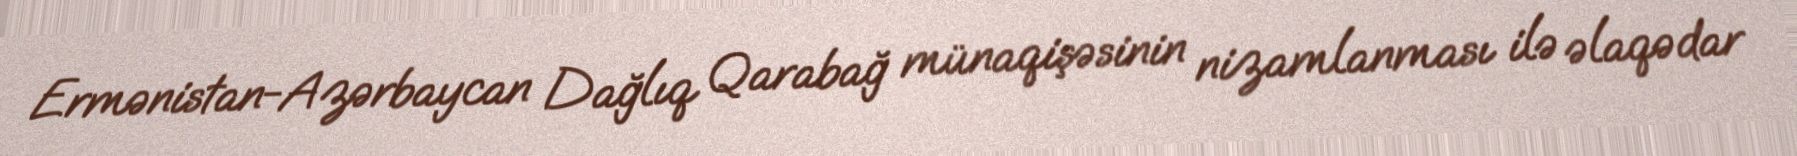
Ermənistan-Azərbaycan Dağlıq Qarabağ münaqişəsinin nizamlanması ilə əlaqədar